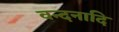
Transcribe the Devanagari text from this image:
वन्दनादि